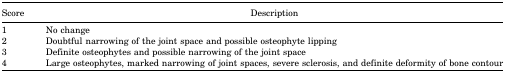
<table><thead><tr><td><b>Score</b></td><td><b>Description</b></td></tr></thead><tbody><tr><td>1</td><td>No change</td></tr><tr><td>2</td><td>Doubtful narrowing of the joint space and possible osteophyte lipping</td></tr><tr><td>3</td><td>Definite osteophytes and possible narrowing of the joint space</td></tr><tr><td>4</td><td>Large osteophytes, marked narrowing of joint spaces, severe sclerosis, and definite deformity of bone contour</td></tr></tbody></table>